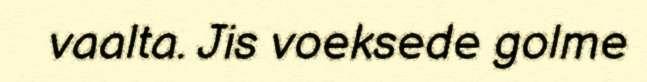
vaalta. Jis voeksede golme